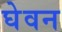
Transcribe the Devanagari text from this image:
घेवन